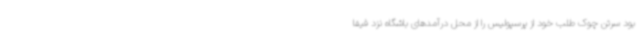
بود سرتن چوک طلب خود از پرسپولیس را از محل درآمدهای باشگاه نزد فیفا